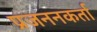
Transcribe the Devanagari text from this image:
प्रजननकर्ता